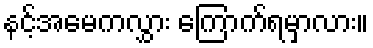
နင့်အမေကလွှား ကြောက်ရမှာလား။